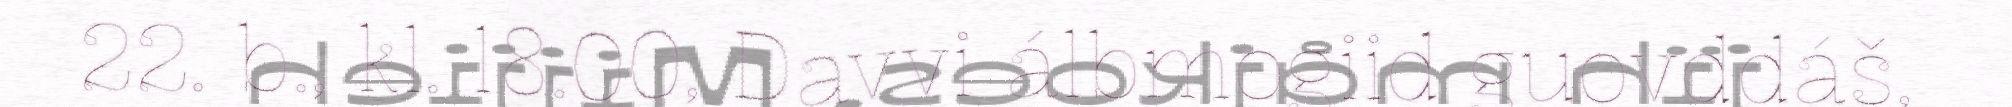
22. b., kl. 18.00, Davvi álbmogiid guovddáš,